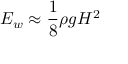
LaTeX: E _ { w } \approx { \frac { 1 } { 8 } } \rho g H ^ { 2 }